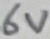
Text: 6V